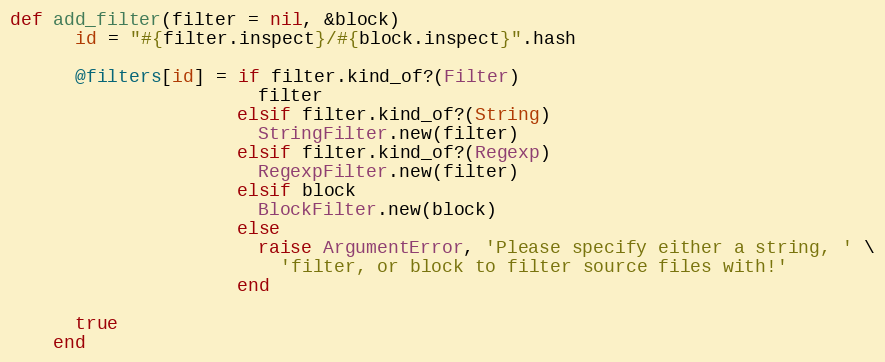
Language: Ruby
def add_filter(filter = nil, &block)
      id = "#{filter.inspect}/#{block.inspect}".hash

      @filters[id] = if filter.kind_of?(Filter)
                       filter
                     elsif filter.kind_of?(String)
                       StringFilter.new(filter)
                     elsif filter.kind_of?(Regexp)
                       RegexpFilter.new(filter)
                     elsif block
                       BlockFilter.new(block)
                     else
                       raise ArgumentError, 'Please specify either a string, ' \
                         'filter, or block to filter source files with!'
                     end

      true
    end